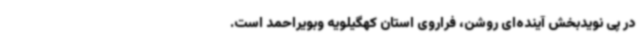
در پی نویدبخش آینده‌ای روشن، فراروی استان کهگیلویه وبویراحمد است.